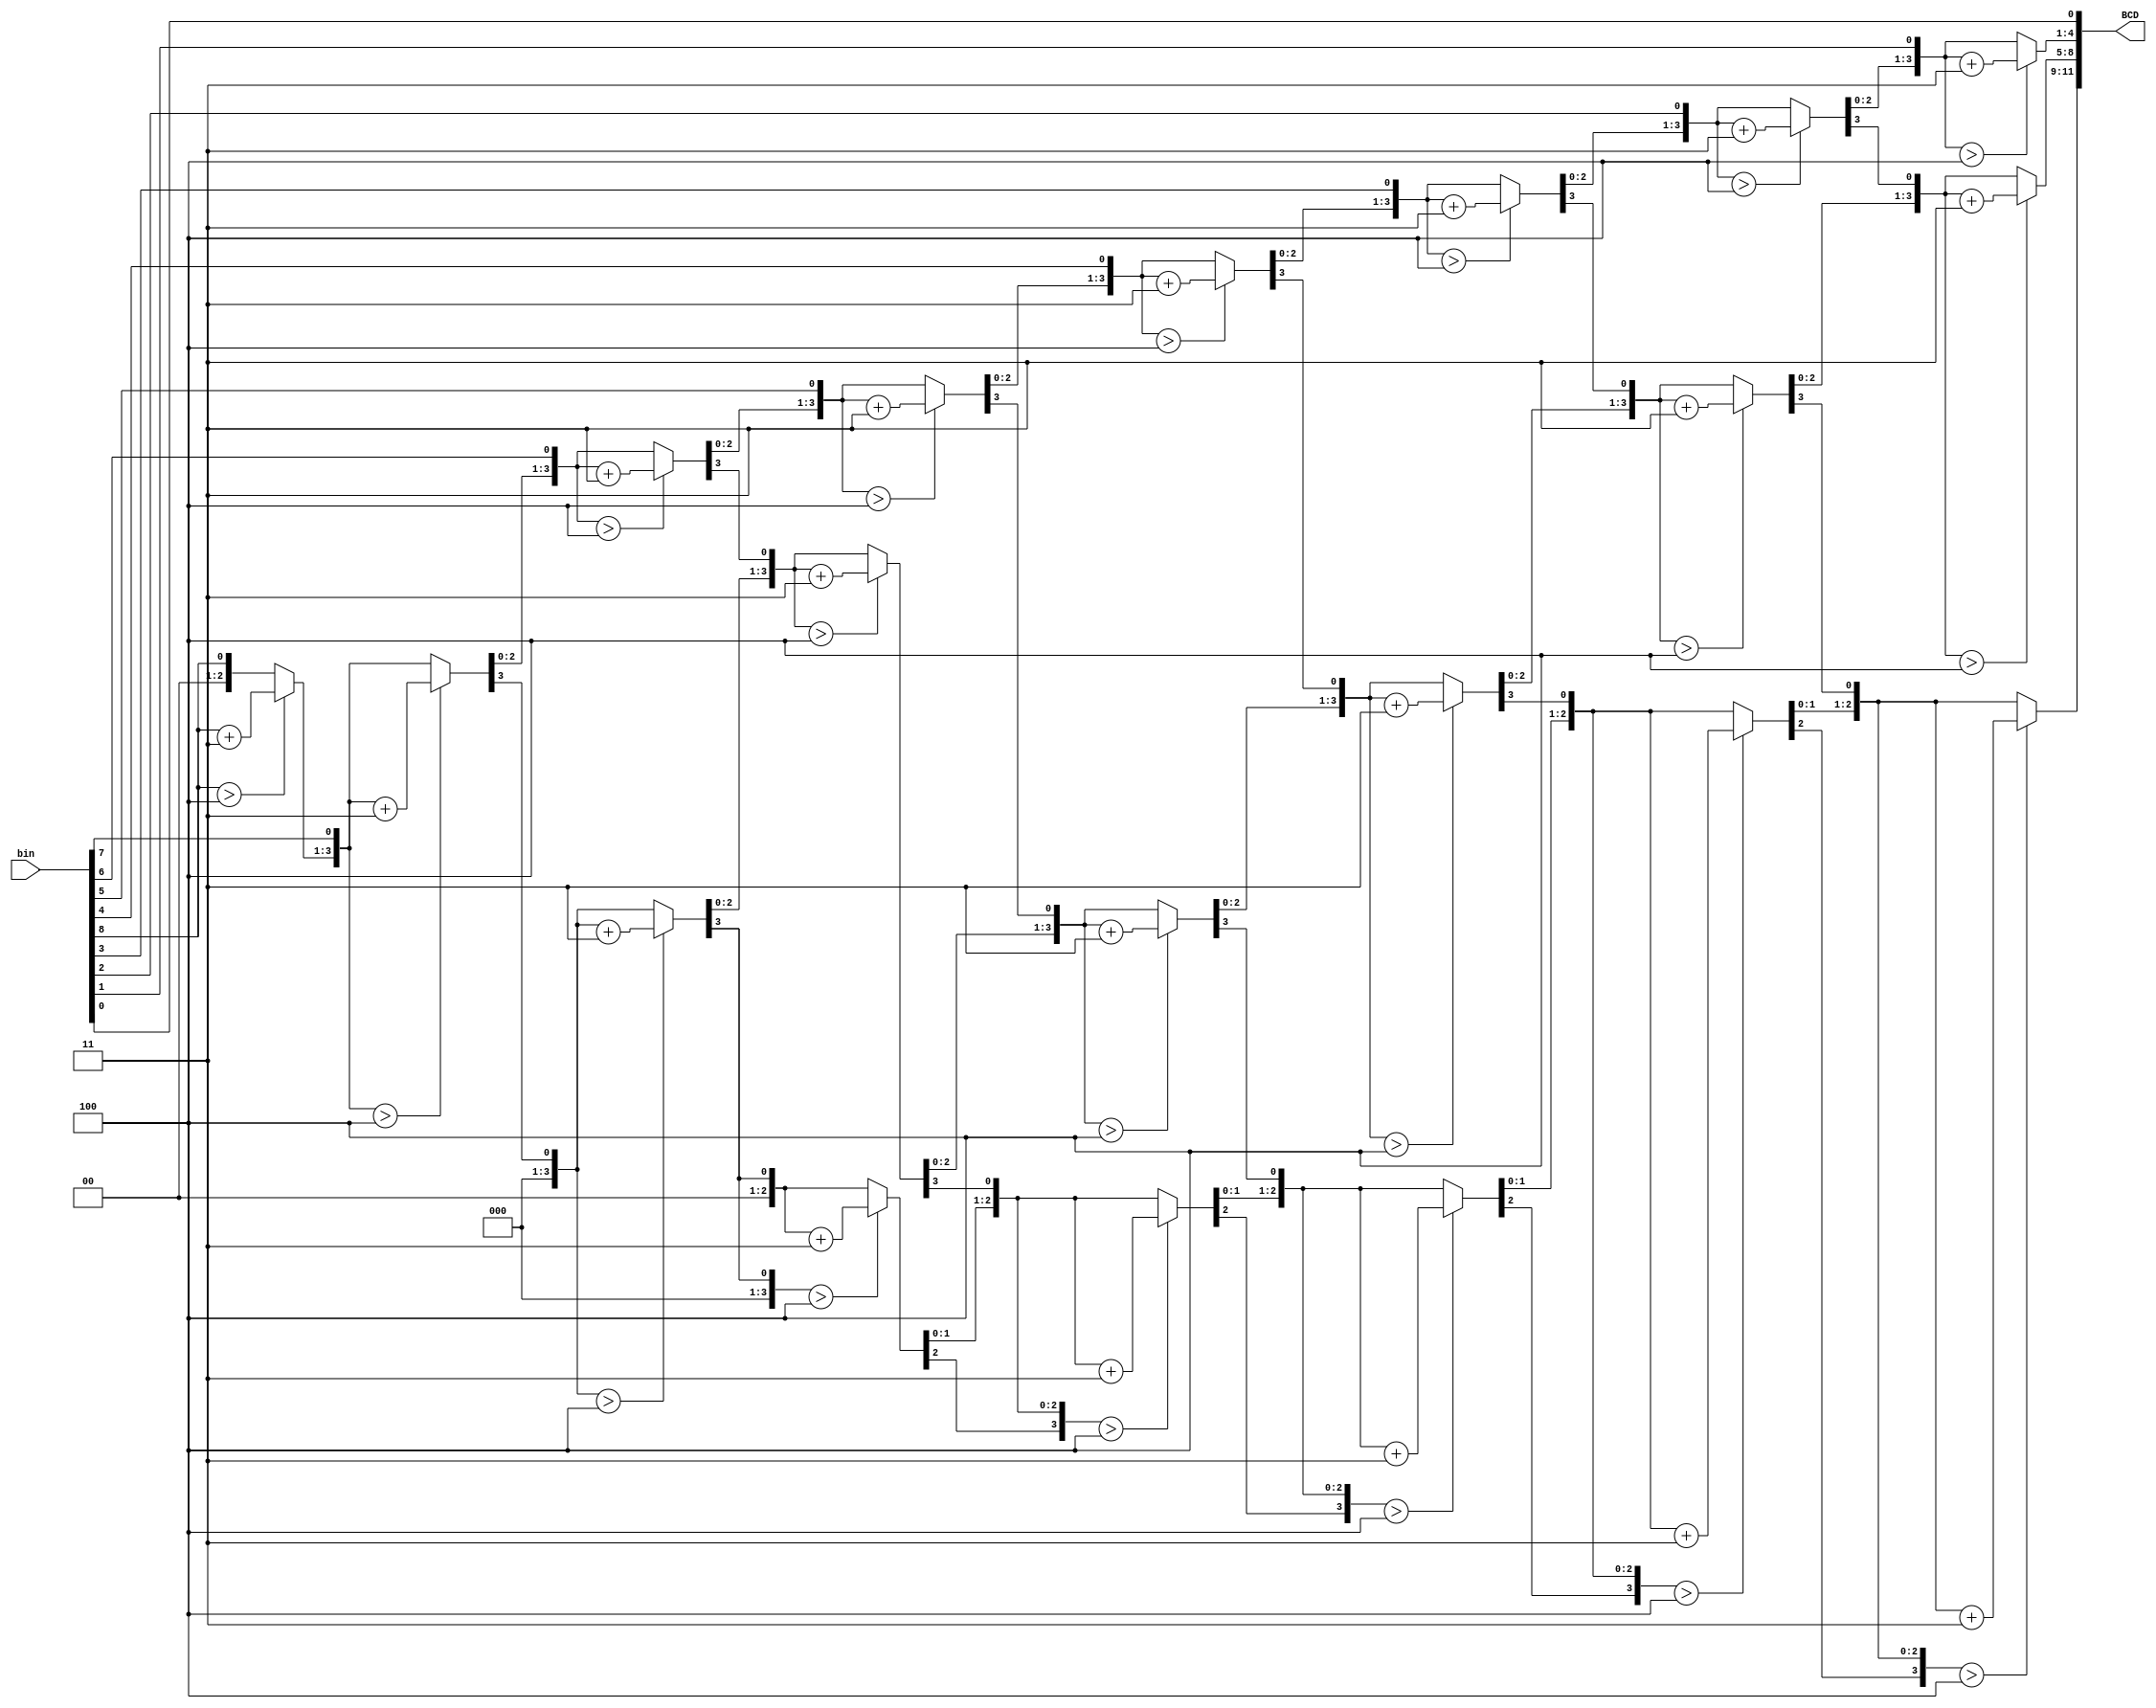
`timescale 1ns / 1ps

module algoritmo(bin,BCD);
input [8:0] bin;          // entrada de 9 bits para el nmero binario
output reg [11:0] BCD;    // salida de 12 bits para el nmero en formato BCD
reg [3:0] i;              // registro de 4 bits para el ndice del bucle for

always @(bin)             // la salida se actualiza cada vez que la entrada cambia
	begin
		BCD =12'b0;        // se inicializa la salida en 0
		
		for (i=0;i<9;i=i+1'b1) // bucle for que recorre los 9 bits de la entrada binaria
			begin
				BCD = {BCD[10:0],bin[8-i]}; // se desplaza un bit hacia la izquierda la salida BCD y se agrega el bit correspondiente de la entrada binaria al bit menos significativo
				
				if(i<8 && BCD[3:0] > 4)  // si el nibble menos significativo de BCD es mayor que 4, se suma 3 (se ajusta para la conversin BCD)
					BCD[3:0] = BCD[3:0] + 2'b11;
					
				if(i<8 && BCD[7:4] > 4)  // si el segundo nibble de BCD es mayor que 4, se suma 3 (se ajusta para la conversin BCD)
					BCD[7:4] = BCD[7:4] + 2'b11;

				if(i<8 && BCD[11:8] > 4) // si el nibble ms significativo de BCD es mayor que 4, se suma 3 (se ajusta para la conversin BCD)
					BCD[11:8] = BCD[11:8] + 2'b11;										
			end
	end
endmodule